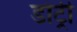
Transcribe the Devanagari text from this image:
डोट्री